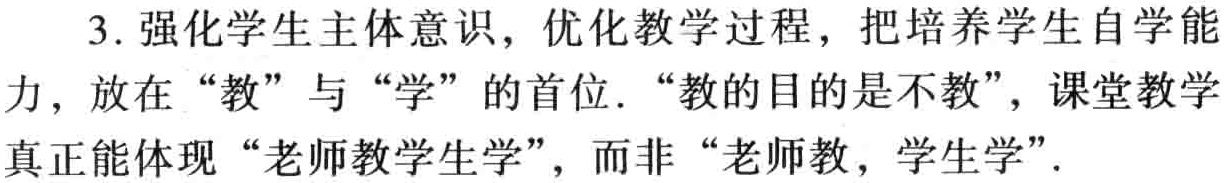
3. 强化学生主体意识，优化教学过程，把培养学生自学能力，放在“教”与“学”的首位. “教的目的是不教”，课堂教学真正能体现“老师教学生学”，而非“老师教，学生学”.